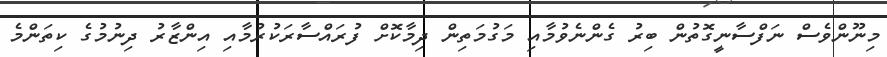
މިނޫންވެސް ނަފްސާނީގޮތުން ބިރު ގެންނެވުމާއި މަގުމަތިން ދިމާކޮށް ފުރައްސާރަކުރުމާއި އިންޒާރު ދިނުމުގެ ކިތަންމެ